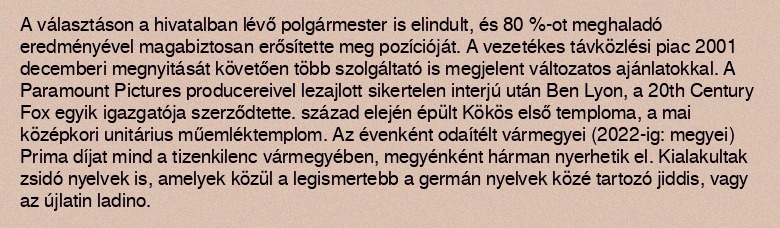
A választáson a hivatalban lévő polgármester is elindult, és 80 %-ot meghaladó eredményével magabiztosan erősítette meg pozícióját. A vezetékes távközlési piac 2001 decemberi megnyitását követően több szolgáltató is megjelent változatos ajánlatokkal. A Paramount Pictures producereivel lezajlott sikertelen interjú után Ben Lyon, a 20th Century Fox egyik igazgatója szerződtette. század elején épült Kökös első temploma, a mai középkori unitárius műemléktemplom. Az évenként odaítélt vármegyei (2022-ig: megyei) Prima díjat mind a tizenkilenc vármegyében, megyénként hárman nyerhetik el. Kialakultak zsidó nyelvek is, amelyek közül a legismertebb a germán nyelvek közé tartozó jiddis, vagy az újlatin ladino.